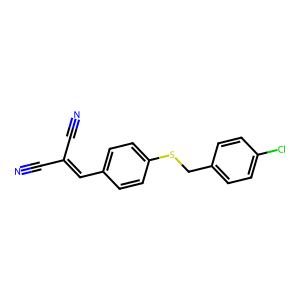
SMILES: N#CC(C#N)=Cc1ccc(SCc2ccc(Cl)cc2)cc1
Inhibits HIV replication: No